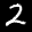
Label: 2